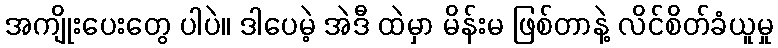
အကျိုးပေးတွေ ပါပဲ။ ဒါပေမဲ့ အဲဒီ ထဲမှာ မိန်းမ ဖြစ်တာနဲ့ လိင်စိတ်ခံယူမှု